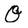
Character: Q